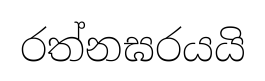
රත්නඝරයයි